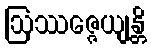
ဩဿဇ္ဇေယျန္တိ